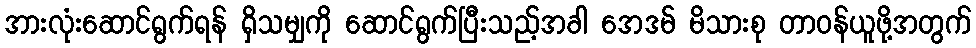
အားလုံးဆောင်ရွက်ရန် ရှိသမျှကို ဆောင်ရွက်ပြီးသည့်အခါ အေဒမ် မိသားစု တာဝန်ယူဖို့အတွက်